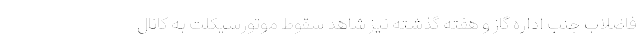
فاضلاب جنب اداره گاز و هفته گذشته نیز شاهد سقوط موتورسیکلت به کانال